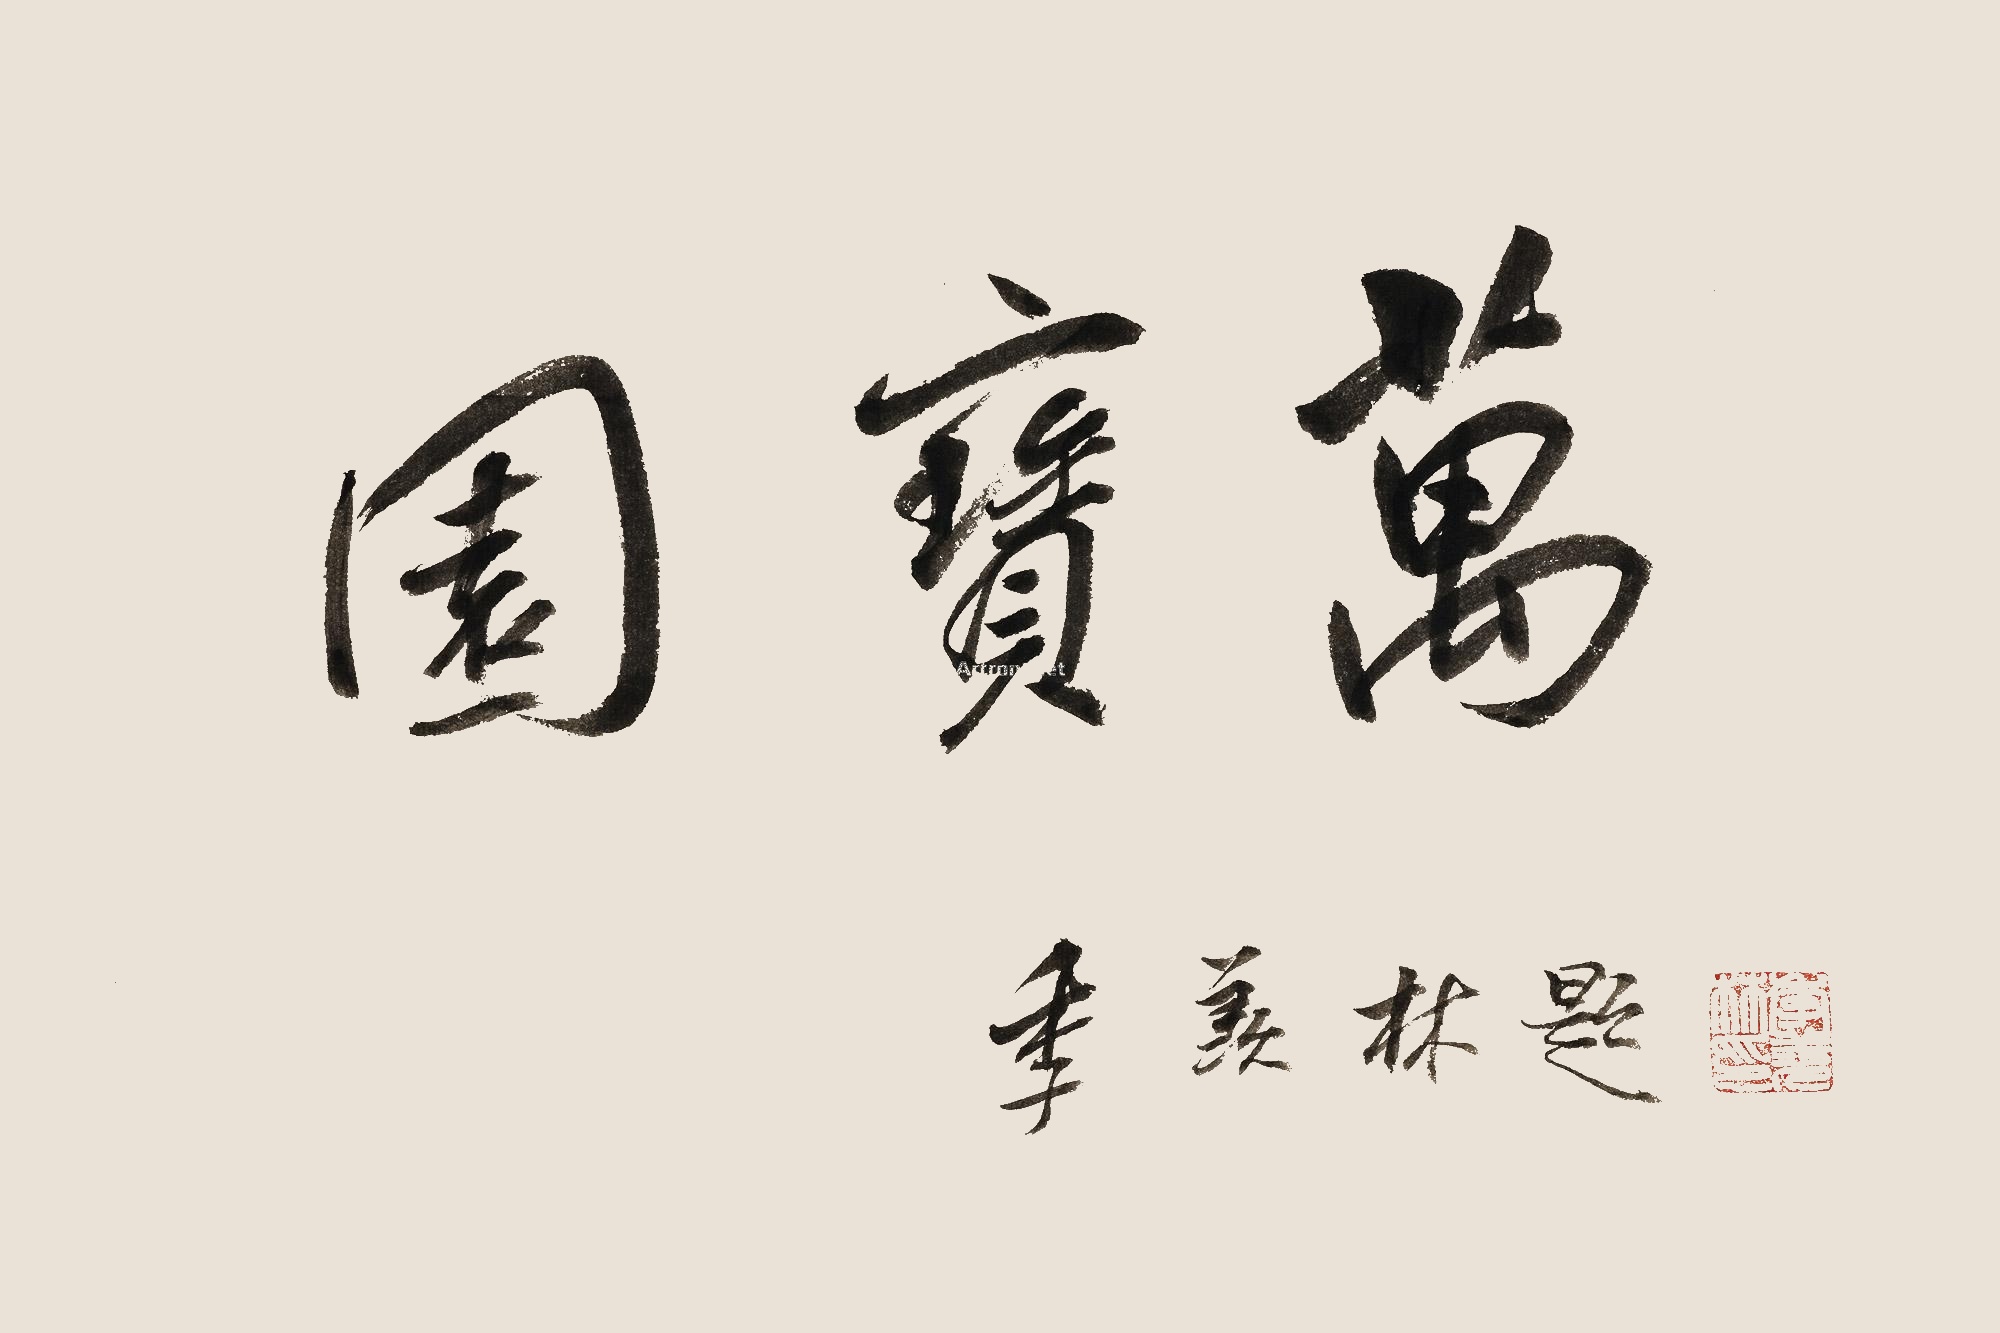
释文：万宝园。季羡林题。